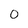
Character: 0